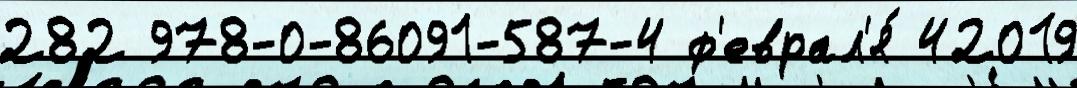
282 978-0-86091-587-4 ф'еврал'я́ 42019